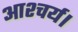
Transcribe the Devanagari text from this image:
आश्चर्य।